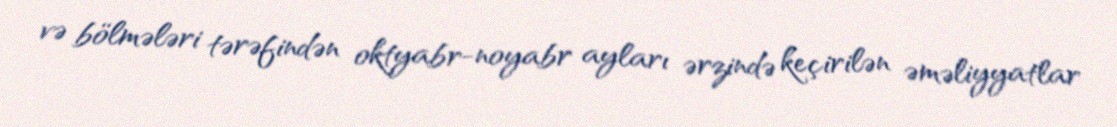
və bölmələri tərəfindən oktyabr-noyabr ayları ərzində keçirilən əməliyyatlar